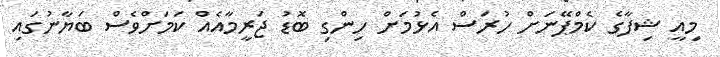
މިއީ ޝިފާގެ ކެމްޕޭނަށް ހުރަސް އެޅުމަށް ހިންގި ބޮޑު ޖަރީމާއެއް ކަމަށްވެސް ބަޔާނުގައި